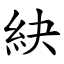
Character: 䊽